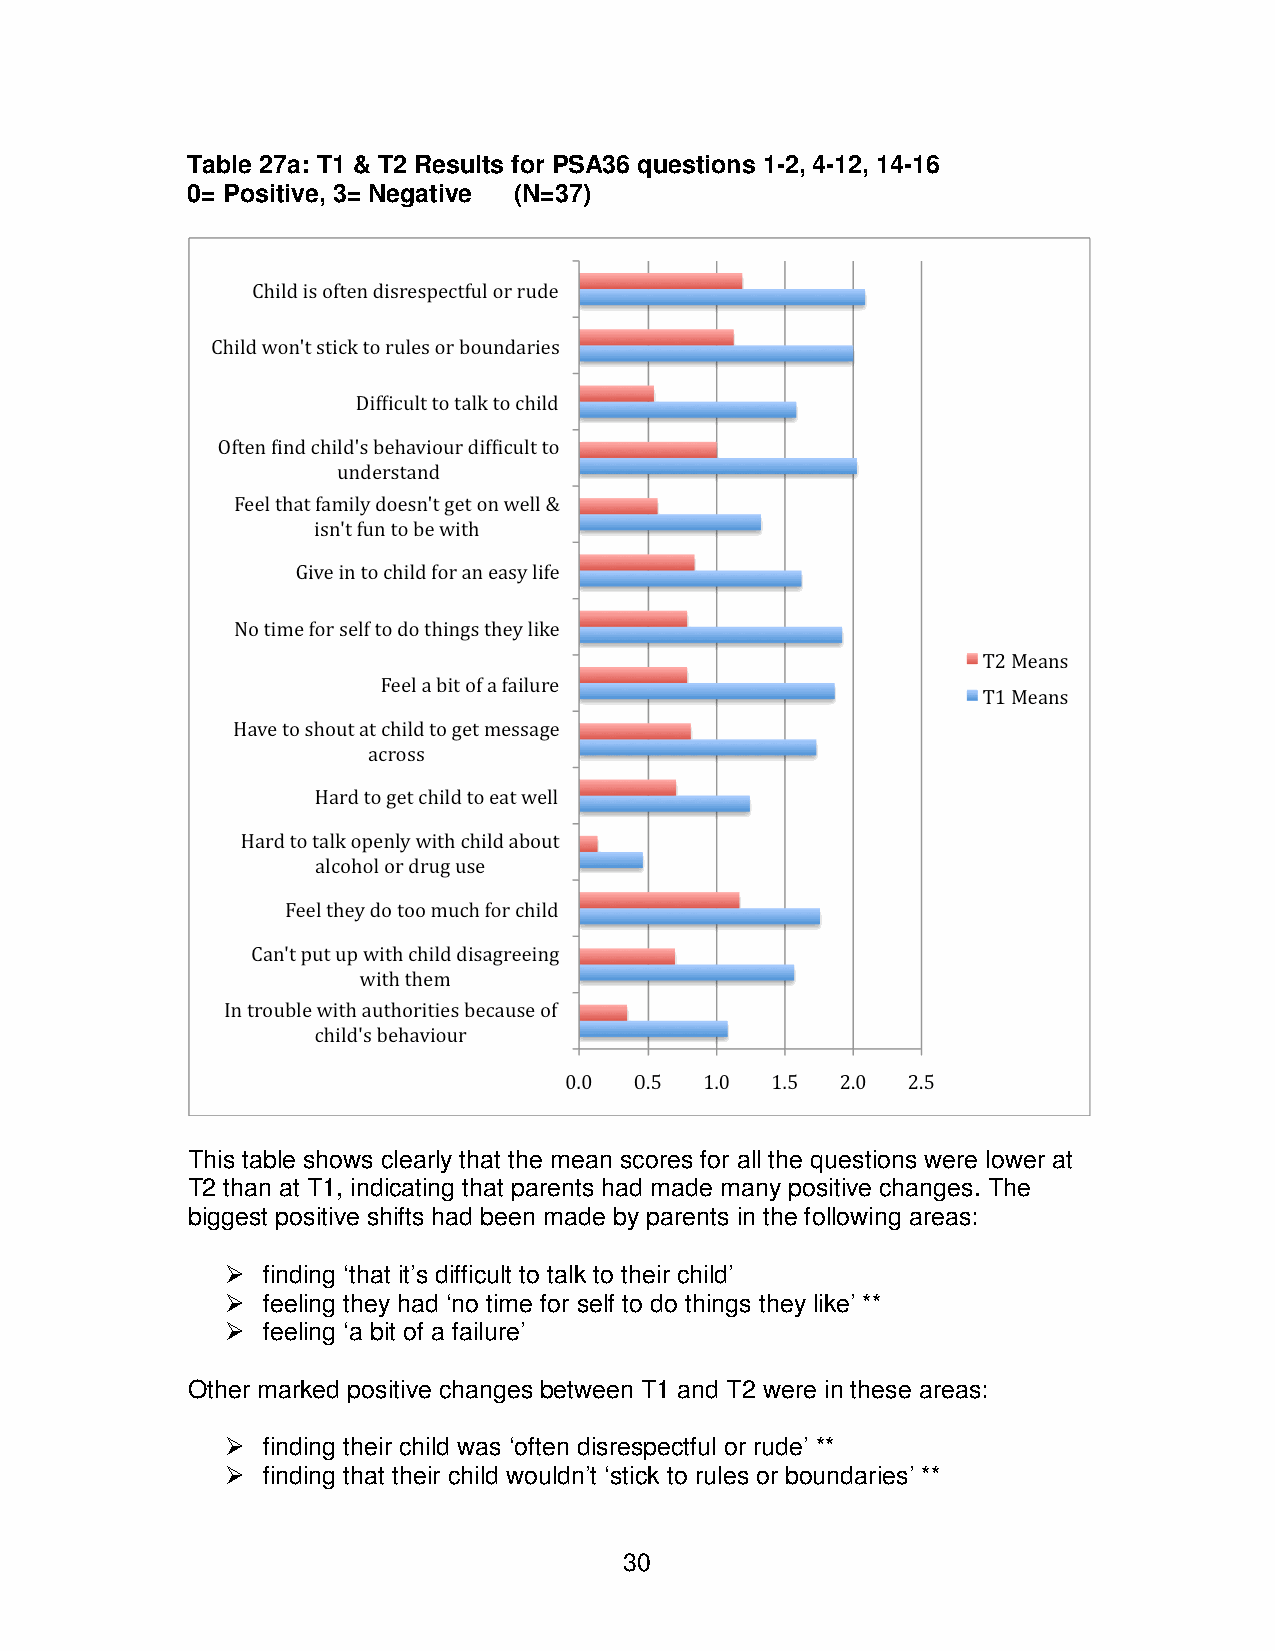
Table 27a: T1 & T2 Results for PSA36 questions 1-2, 4-12, 14-16
 0= Positive, 3= Negative (N=37)
 This table shows clearly that the mean scores for all the questions were lower at
 T2 than at T1, indicating that parents had made many positive changes. The
 biggest positive shifts had been made by parents in the following areas:
  finding ‘that it’s difficult to talk to their child’
  feeling they had ‘no time for self to do things they like’ **
  feeling ‘a bit of a failure’
 Other marked positive changes between T1 and T2 were in these areas:
  finding their child was ‘often disrespectful or rude’ **
  finding that their child wouldn’t ‘stick to rules or boundaries’ **
 30